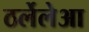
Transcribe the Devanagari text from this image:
ठर्लेलेआ